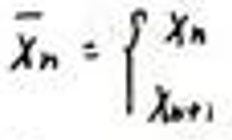
$\overline{x}_{n}=\int_{x_{n+1}}^{x_{n}}$